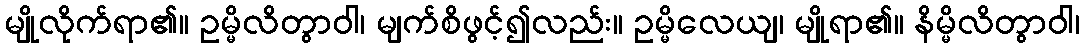
မျိုလိုက်ရာ၏။ ဥမ္မိလိတွာဝါ၊ မျက်စိဖွင့်၍လည်း။ ဥမ္မိလေယျ၊ မျိုရာ၏။ နိမ္မိလိတွာဝါ၊